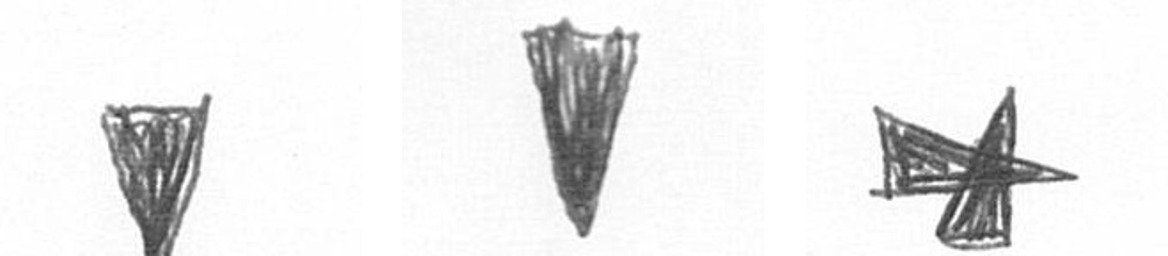
J J G